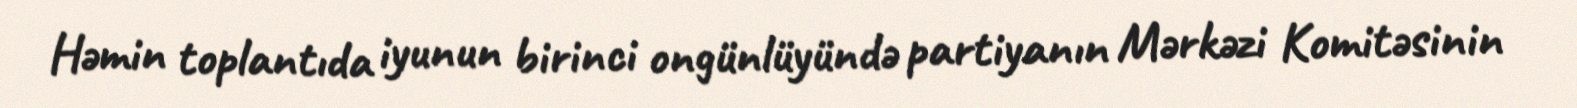
Həmin toplantıda iyunun birinci ongünlüyündə partiyanın Mərkəzi Komitəsinin